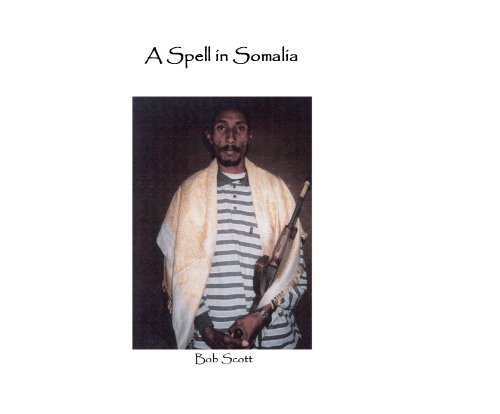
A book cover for A SPELL IN SOMALIA; Bob Scott; Travel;